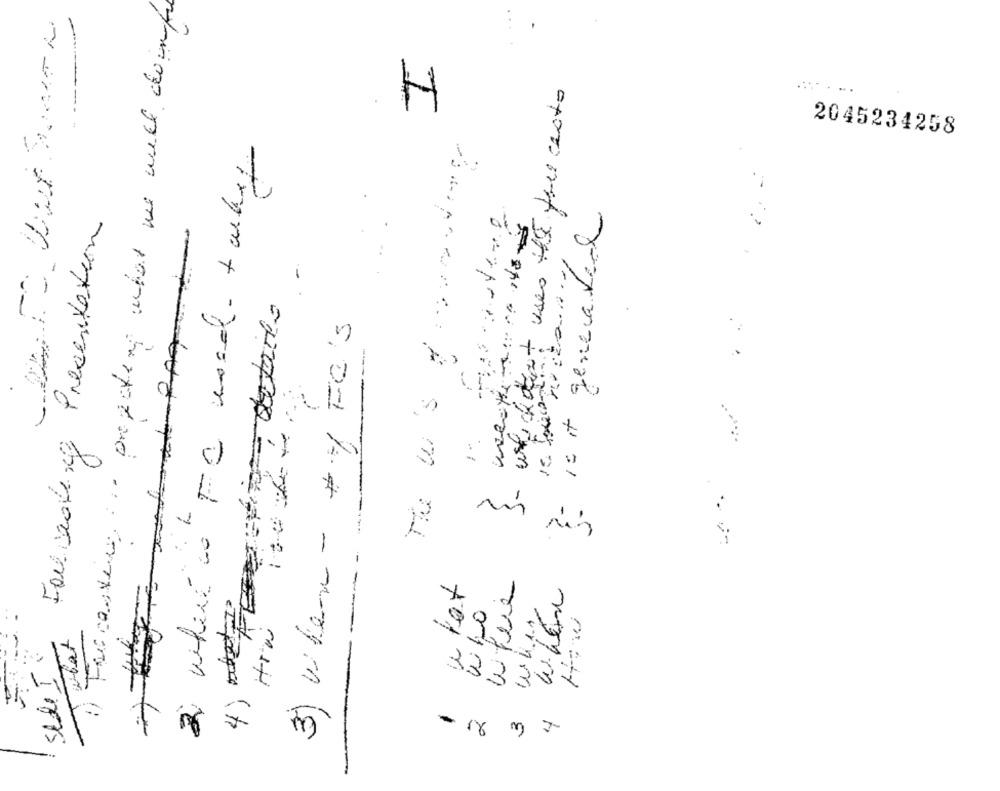
1) Fracenter . .. preeating what we will doofe
I
whichdet uses the free cesto
2045234258
..
Forbedring Presentation
is it genera del
4) "Für detar-
3) Where - # Fa's
The wu's
-
m
ris
Wh.1.1
-
what
sede I
33
3
3
4
-
16